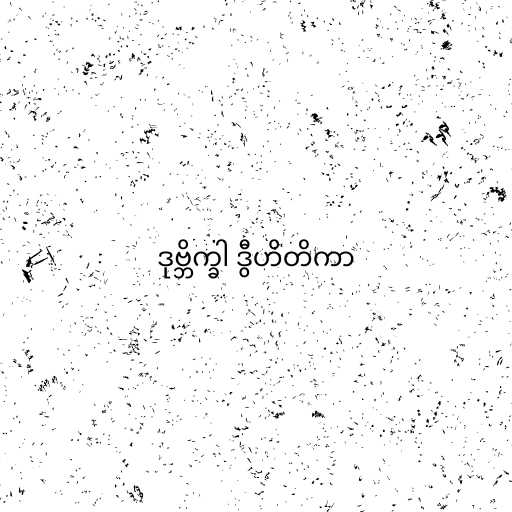
ဒုဗ္ဘိက္ခါ ဒွီဟိတိကာ